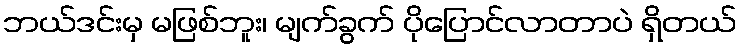
ဘယ်ဒင်းမှ မဖြစ်ဘူး၊ မျက်ခွက် ပိုပြောင်လာတာပဲ ရှိတယ်